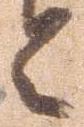
々